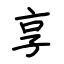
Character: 享